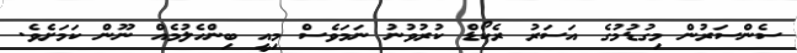
ސެންސަރުން މިގުޑުމުގެ އަސަރު ރެކޯޑް ކުރުވުނު ނަމަވެސް މިއީ ބިންހެލުމެއް ނޫން ކަމަށެވެ.